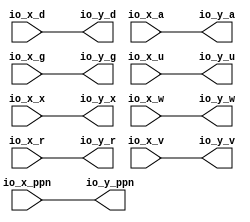
module OptimizationBarrier_118( // @[:freechips.rocketchip.system.DefaultRV32Config.fir@214059.2]
  input  [53:0] io_x_ppn, // @[:freechips.rocketchip.system.DefaultRV32Config.fir@214062.4]
  input         io_x_d, // @[:freechips.rocketchip.system.DefaultRV32Config.fir@214062.4]
  input         io_x_a, // @[:freechips.rocketchip.system.DefaultRV32Config.fir@214062.4]
  input         io_x_g, // @[:freechips.rocketchip.system.DefaultRV32Config.fir@214062.4]
  input         io_x_u, // @[:freechips.rocketchip.system.DefaultRV32Config.fir@214062.4]
  input         io_x_x, // @[:freechips.rocketchip.system.DefaultRV32Config.fir@214062.4]
  input         io_x_w, // @[:freechips.rocketchip.system.DefaultRV32Config.fir@214062.4]
  input         io_x_r, // @[:freechips.rocketchip.system.DefaultRV32Config.fir@214062.4]
  input         io_x_v, // @[:freechips.rocketchip.system.DefaultRV32Config.fir@214062.4]
  output [53:0] io_y_ppn, // @[:freechips.rocketchip.system.DefaultRV32Config.fir@214062.4]
  output        io_y_d, // @[:freechips.rocketchip.system.DefaultRV32Config.fir@214062.4]
  output        io_y_a, // @[:freechips.rocketchip.system.DefaultRV32Config.fir@214062.4]
  output        io_y_g, // @[:freechips.rocketchip.system.DefaultRV32Config.fir@214062.4]
  output        io_y_u, // @[:freechips.rocketchip.system.DefaultRV32Config.fir@214062.4]
  output        io_y_x, // @[:freechips.rocketchip.system.DefaultRV32Config.fir@214062.4]
  output        io_y_w, // @[:freechips.rocketchip.system.DefaultRV32Config.fir@214062.4]
  output        io_y_r, // @[:freechips.rocketchip.system.DefaultRV32Config.fir@214062.4]
  output        io_y_v // @[:freechips.rocketchip.system.DefaultRV32Config.fir@214062.4]
);
  assign io_y_ppn = io_x_ppn; // @[package.scala 236:12:freechips.rocketchip.system.DefaultRV32Config.fir@214067.4]
  assign io_y_d = io_x_d; // @[package.scala 236:12:freechips.rocketchip.system.DefaultRV32Config.fir@214067.4]
  assign io_y_a = io_x_a; // @[package.scala 236:12:freechips.rocketchip.system.DefaultRV32Config.fir@214067.4]
  assign io_y_g = io_x_g; // @[package.scala 236:12:freechips.rocketchip.system.DefaultRV32Config.fir@214067.4]
  assign io_y_u = io_x_u; // @[package.scala 236:12:freechips.rocketchip.system.DefaultRV32Config.fir@214067.4]
  assign io_y_x = io_x_x; // @[package.scala 236:12:freechips.rocketchip.system.DefaultRV32Config.fir@214067.4]
  assign io_y_w = io_x_w; // @[package.scala 236:12:freechips.rocketchip.system.DefaultRV32Config.fir@214067.4]
  assign io_y_r = io_x_r; // @[package.scala 236:12:freechips.rocketchip.system.DefaultRV32Config.fir@214067.4]
  assign io_y_v = io_x_v; // @[package.scala 236:12:freechips.rocketchip.system.DefaultRV32Config.fir@214067.4]
endmodule